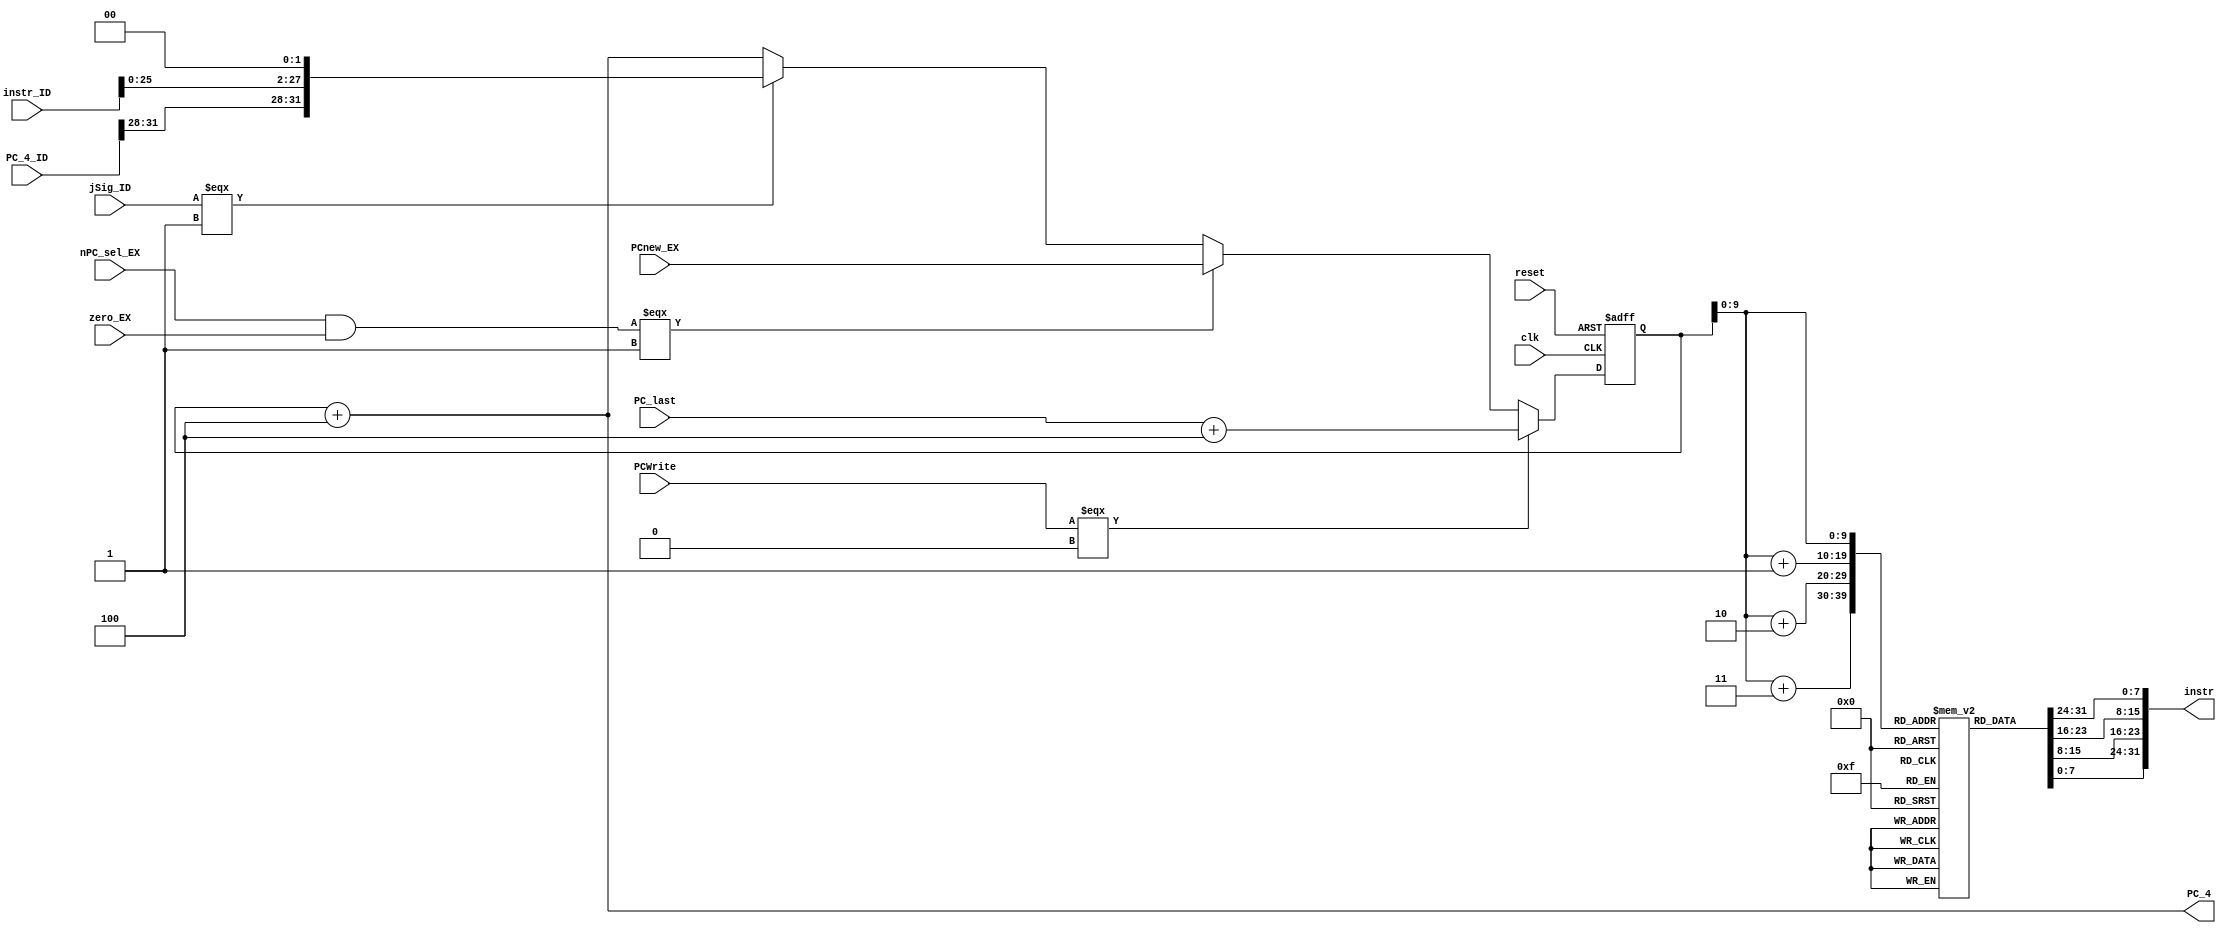
module IFU(input [31:0]PCnew_EX,PC_4_ID,instr_ID,PC_last,input reset,input clk,nPC_sel_EX,zero_EX,jSig_ID,PCWrite,output [31:0]instr,PC_4);
reg [31:0]PC;
reg [7:0] IM [1023:0];
wire [31:0]PC_new;
assign PC_4=PC+4;
assign instr={IM[PC[9:0]],IM[PC[9:0]+1],IM[PC[9:0]+2],IM[PC[9:0]+3]};

assign PC_new=((nPC_sel_EX&zero_EX)===1)?PCnew_EX:(jSig_ID===1)?{PC_4_ID[31:28],instr_ID[25:0],2'b00}:PC+4;

always@(posedge clk,posedge reset)begin
	if(reset)PC=32'h0000_3000;
	else if(!(PCWrite===0))PC=PC_new;
	else if(PCWrite===0)PC=PC_last+4;
end
endmodule